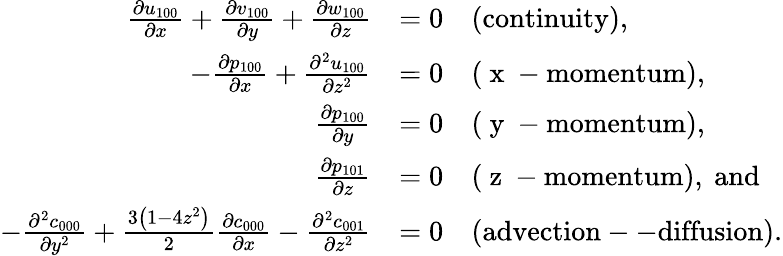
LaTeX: \begin{array}{rl}{\frac{\partial u_{100}}{\partial x}+\frac{\partial v_{100}}{\partial y}+\frac{\partial w_{100}}{\partial z}}&{=0\quad\mathrm{(continuity),}}\\ {-\frac{\partial p_{100}}{\partial x}+\frac{\partial^{2}u_{100}}{\partial z^{2}}}&{=0\quad\mathrm{(~x~-momentum),}}\\ {\frac{\partial p_{100}}{\partial y}}&{=0\quad\mathrm{(~y~-momentum),}}\\ {\frac{\partial p_{101}}{\partial z}}&{=0\quad\mathrm{(~z~-momentum),~and}}\\ {-\frac{\partial^{2}c_{000}}{\partial y^{2}}+\frac{3\left(1-4z^{2}\right)}{2}\frac{\partial c_{000}}{\partial x}-\frac{\partial^{2}c_{001}}{\partial z^{2}}}&{=0\quad{\mathrm{(advection--diffusion)}}.}\end{array}